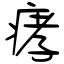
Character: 痚